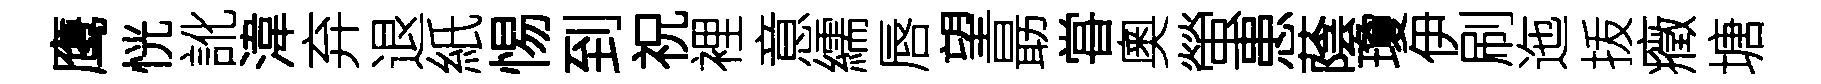
鹰恍訛湋弃退紙惕到祝裡意繻唇望朂甞奧螢患蔭瓊伊刷迤㧞癥塘